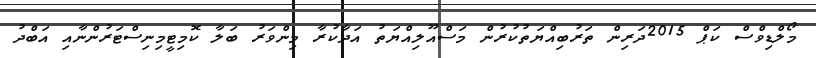
މޯލްޑިވްސް ކަޕް 2015ދަރިން ތަރުބިއްޔަތުކުރުން މަސްއޫލިއްޔަތު އަދާކުރާ މިންވަރު ބަލާ ކޮމިޓީމިނިސްޓަރުންނާއި އަބްދު